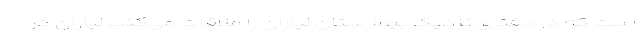
است که در دفتری نزدیک بیمارستان لپاران را ملاقات می‌کند. لپاران در